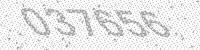
Solution: 037656